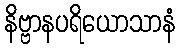
နိဗ္ဗာနပရိယောသာနံ